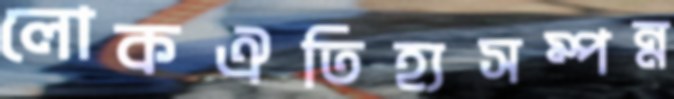
লোকঐতিহ্যসম্পন্ন